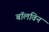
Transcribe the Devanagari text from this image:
बॉलविन